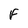
Character: f